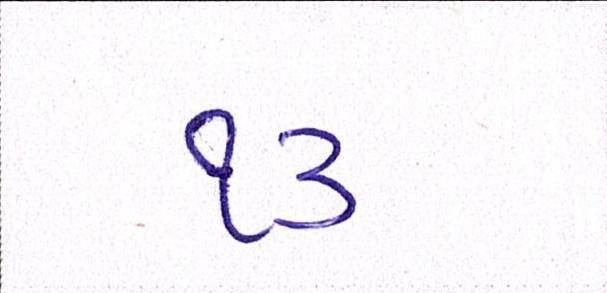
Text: ૧૩